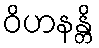
ဝိဟနန္တိ